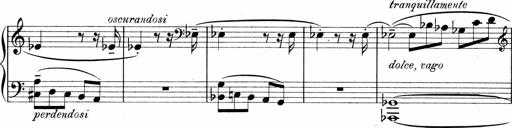
Title: Sonatina No.1
Composer: Otto Stoll
Key: C major